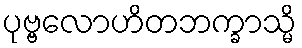
ပုဗ္ဗလောဟိတဘက္ခာသ္မိ